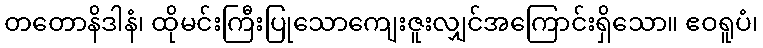
တတောနိဒါနံ၊ ထိုမင်းကြီးပြုသောကျေးဇူးလျှင်အကြောင်းရှိသော။ ဧဝရူပံ၊